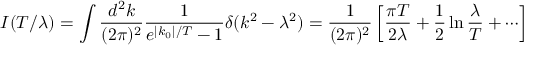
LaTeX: I ( T / \lambda ) = \int \frac { d ^ { 2 } k } { ( 2 \pi ) ^ { 2 } } \frac { 1 } { e ^ { | k _ { 0 } | / T } - 1 } \delta ( k ^ { 2 } - \lambda ^ { 2 } ) = \frac { 1 } { ( 2 \pi ) ^ { 2 } } \left[ \frac { \pi T } { 2 \lambda } + \frac { 1 } { 2 } \ln \frac { \lambda } { T } + \cdots \right]